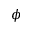
\phi